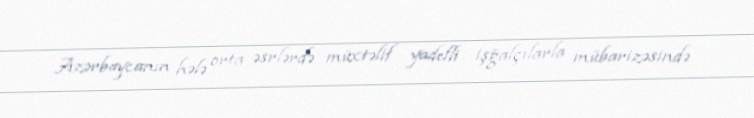
Azərbaycanın hələ orta əsrlərdə müxtəlif yadelli işğalçılarla mübarizəsində